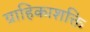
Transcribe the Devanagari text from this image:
ग्राहिकाशक्ति